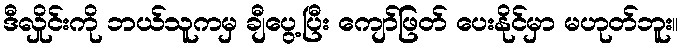
ဒီလှိုင်းကို ဘယ်သူကမှ ချီပွေ့ပြီး ကျော်ဖြတ် ပေးနိုင်မှာ မဟုတ်ဘူး။